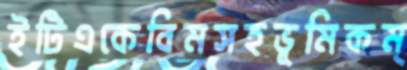
ইটিএকেবিমসহভূমিকম্